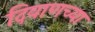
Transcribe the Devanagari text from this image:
दिवाणच्या